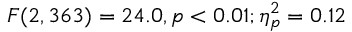
F ( 2 , 3 6 3 ) = 2 4 . 0 , p < 0 . 0 1 ; \eta _ { p } ^ { 2 } = 0 . 1 2